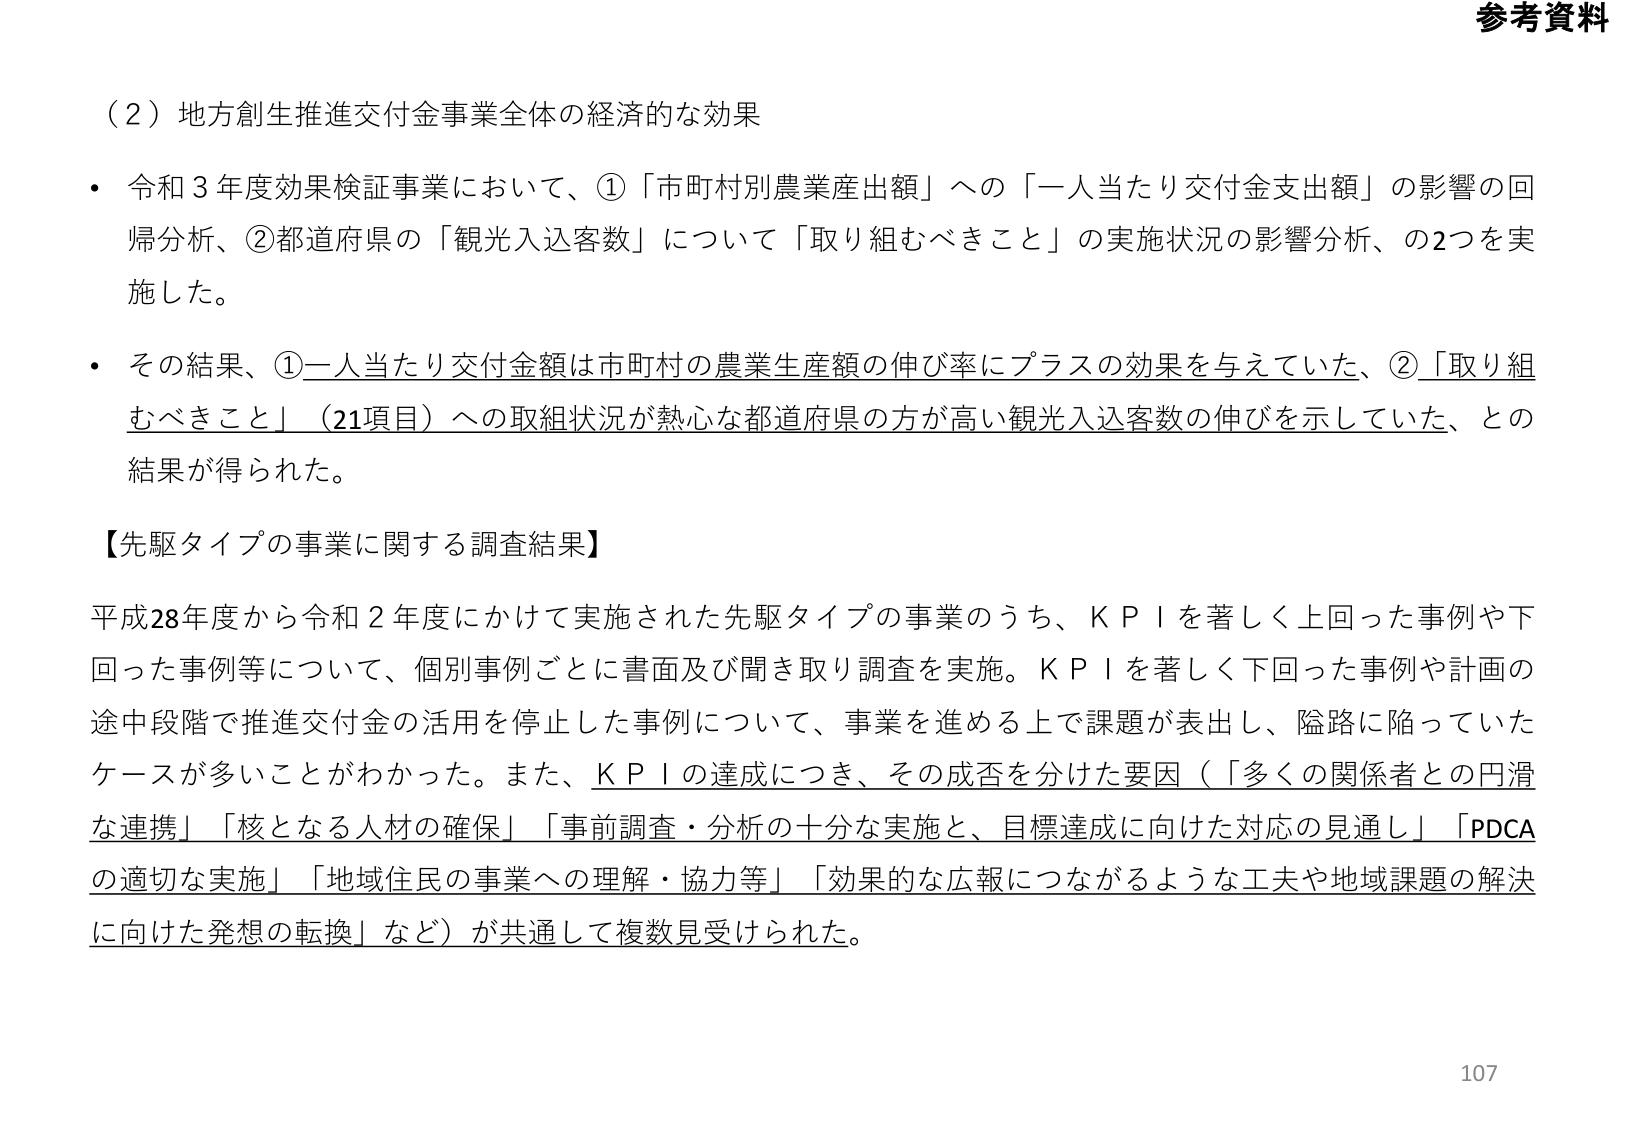
参考資料

（2）地方創生推進交付金事業全体の経済的な効果

・ 令和３年度効果検証事業において、①「市町村別農業産出額」への「一人当たり交付金支出額」の影響の回帰分析、②都道府県の「観光入込客数」について「取り組むべきこと」の実施状況の影響分析、の2つを実施した。

・ その結果、①一人当たり交付金額は市町村の農業生産額の伸び率にプラスの効果を与えていた、②「取り組むべきこと」（21項目）への取組状況が熱心な都道府県の方が高い観光入込客数の伸びを示していた、との結果が得られた。

【先駆タイプの事業に関する調査結果】

平成28年度から令和２年度にかけて実施された先駆タイプの事業のうち、ＫＰＩを著しく上回った事例や下回った事例等について、個別事例ごとに書面及び聞き取り調査を実施。ＫＰＩを著しく下回った事例や計画の途中段階で推進交付金の活用を停止した事例について、事業を進める上で課題が表出し、険路に陥っていたケースが多いことがわかった。また、ＫＰＩの達成につき、その成否を分けた要因（「多くの関係者との円滑な連携」「核となる人材の確保」「事前調査・分析の十分な実施と、目標達成に向けた対応の見通し」「PDCAの適切な実施」「地域住民の事業への理解・協力等」「効果的な広報につながるような工夫や地域課題の解決に向けた発想の転換」など）が共通して複数見受けられた。

107